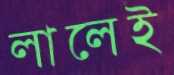
লালেই